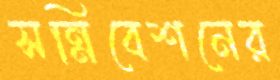
সন্নিবেশনের